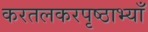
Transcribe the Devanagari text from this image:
करतलकरपृष्ठाभ्याँ